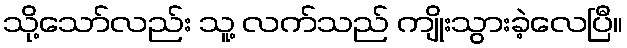
သို့သော်လည်း သူ့ လက်သည် ကျိုးသွားခဲ့လေပြီ။